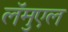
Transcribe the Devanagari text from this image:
लॅमुएल